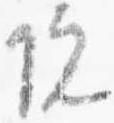
院